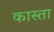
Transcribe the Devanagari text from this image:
कास्ता